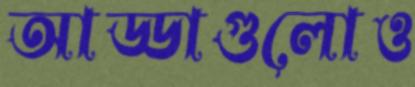
আড্ডাগুলোও